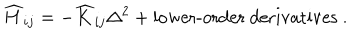
\widehat { H } _ { i j } = - \widehat { K } _ { i j } \Delta ^ { 2 } + \mathrm { l o w e r - o r d e r ~ d e r i v a t i v e s ~ } .